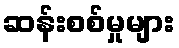
ဆန်းစစ်မှုများ